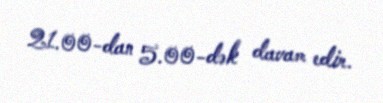
21.00-dan 5.00-dək davam edir.